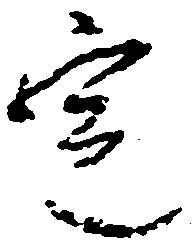
定